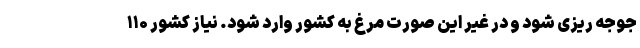
جوجه ریزی شود و در غیر این صورت مرغ به کشور وارد شود. نیاز کشور ۱۱۰